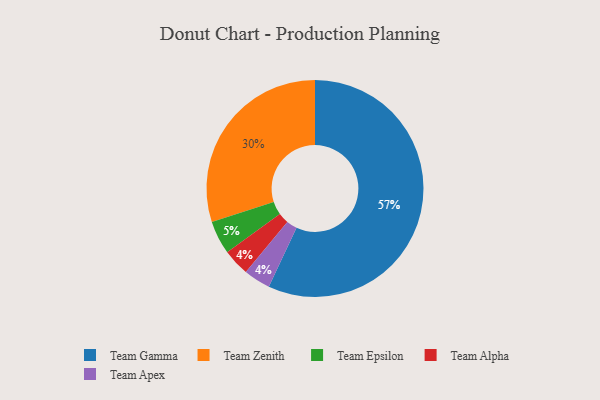
{"axis": {"x": "Category", "y": "Percentage"}, "legend": ["Team Alpha", "Team Apex", "Team Epsilon", "Team Gamma", "Team Zenith"], "data": [{"x": "Team Epsilon", "y": 5, "type": "Team Epsilon"}, {"x": "Team Zenith", "y": 30, "type": "Team Zenith"}, {"x": "Team Alpha", "y": 4, "type": "Team Alpha"}, {"x": "Team Gamma", "y": 57, "type": "Team Gamma"}, {"x": "Team Apex", "y": 4, "type": "Team Apex"}]}